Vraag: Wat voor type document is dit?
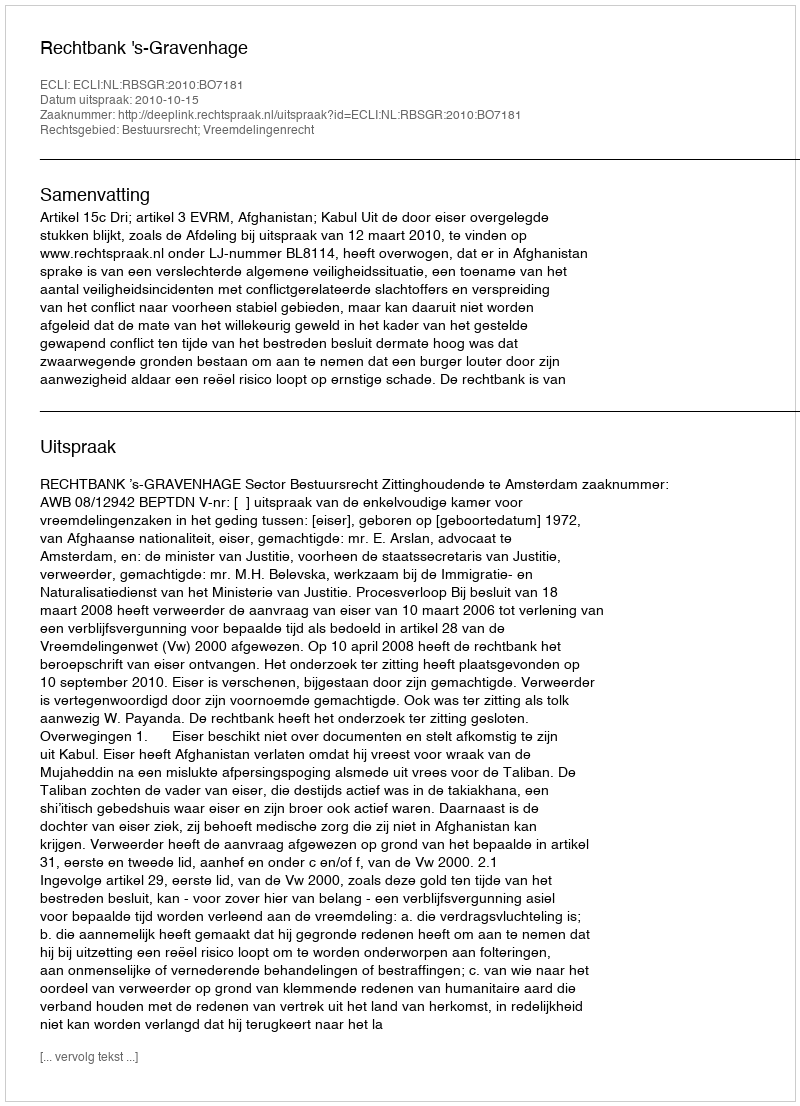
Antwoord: Uitspraak